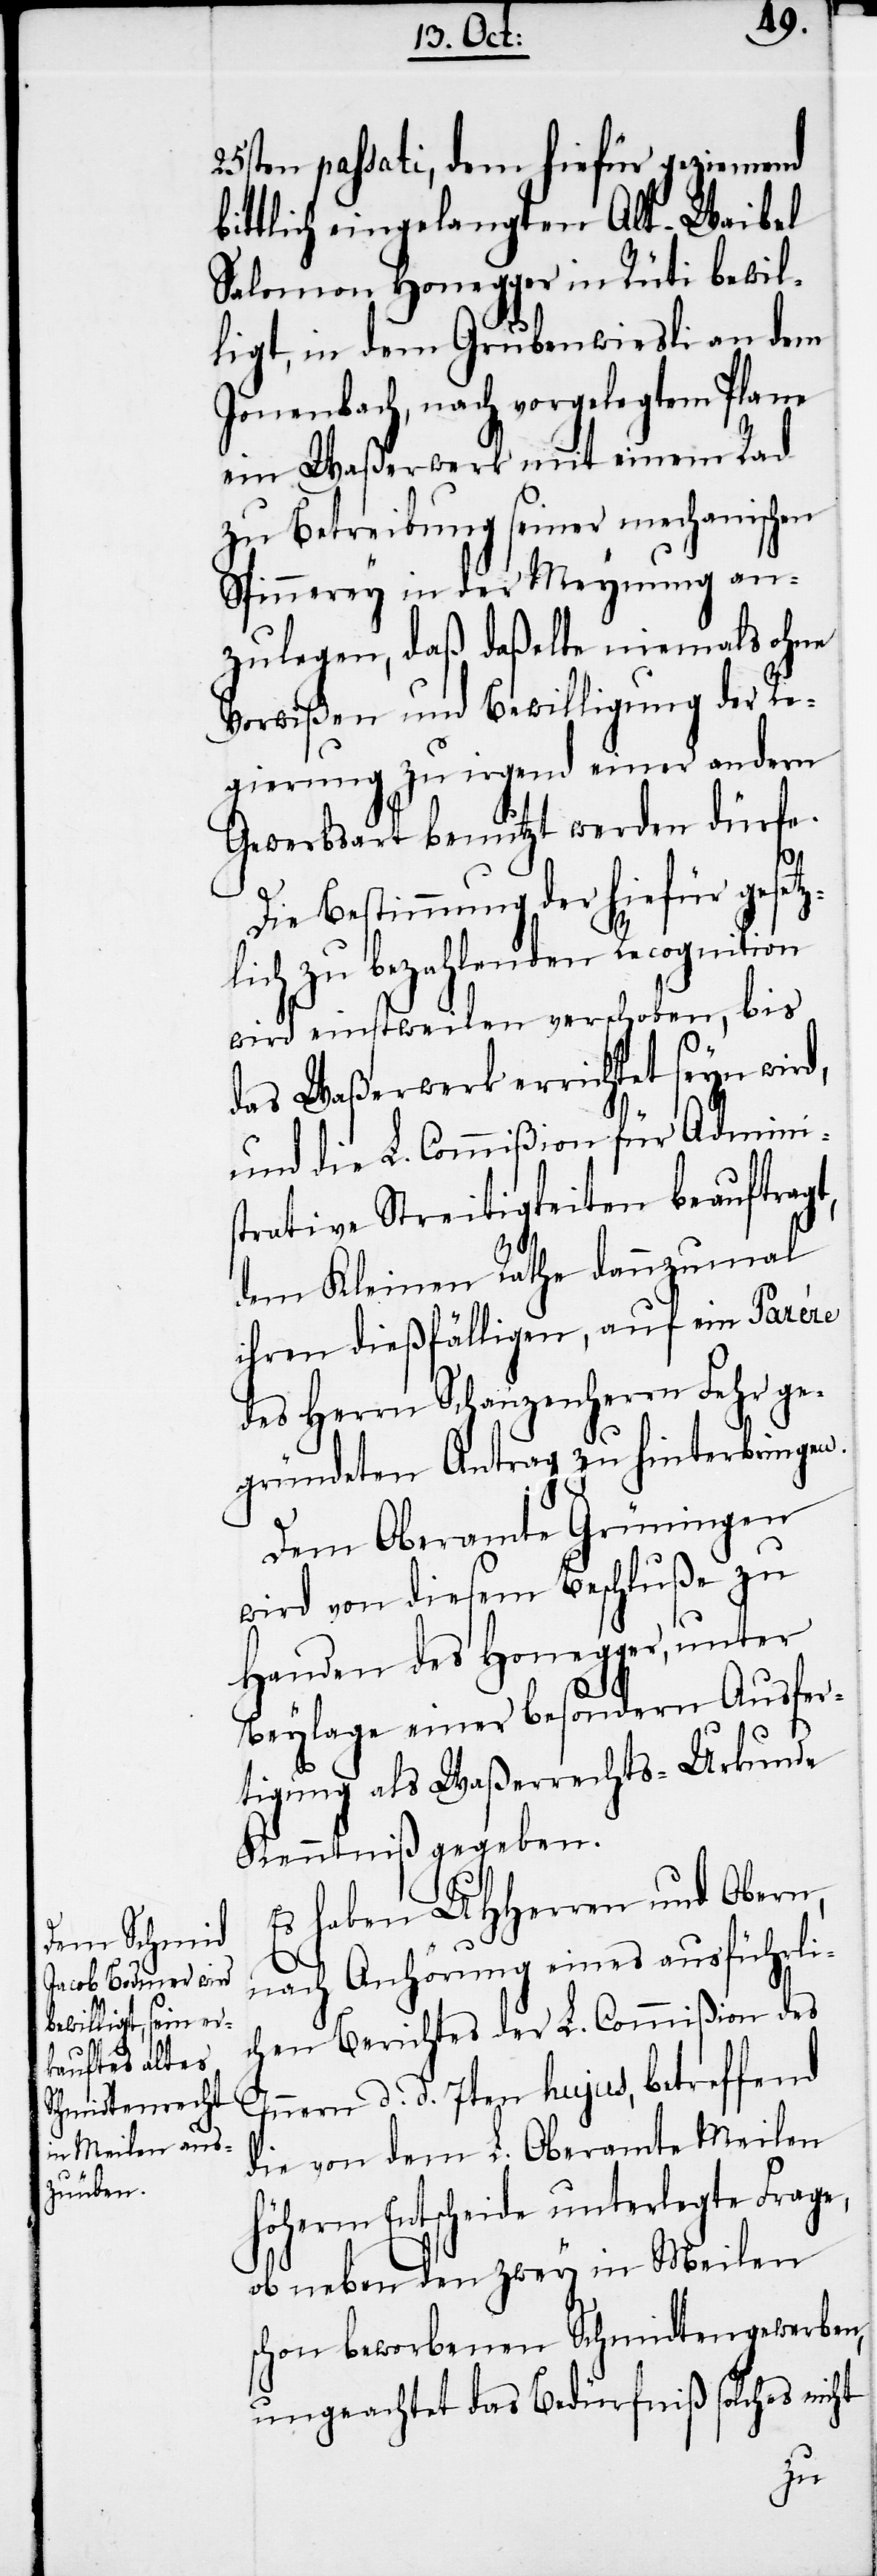
25sten passati, dem hiefür geziemend
ittlich eingelangten Alt-Waibel
Salomon Honegger in Rüti bewil¬
ligt, in dem Grubenwiesli an dem
Jonenbach, nach vorgelegtem Plane
ein Waßerwerk mit einem Rad
zu Betreibung seiner mechanischen
Spinnerey in der Meynung an¬
zulegen, daß daßelbe niemals ohne
Vorwißen und Bewilligung der Re¬
gierung zu irgend einer andern
Gewerbsart benutzt werden dürfe.
Die Bestimmung der hiefür gesetz¬
lich zu bezahlenden Recognition
wird einstweilen verschoben, bis
das Waßerwerk errichtet seyn wird,
und die L. Commißion für Adminis¬
trative Streitigkeiten beauftragt,
dem Kleinen Rathe dannzumal
ihren dießfälligen, auf ein Parere
des Herrn Schanzenherrn Fehr ge¬
gründeten Antrag zu hinterbringen.
Dem Oberamte Grüningen
wird von diesem Beschluße zu
Handen des Honegger, unter
Beylage einer besondern Ausfer¬
tigung als Waßerrechts-Urkunde
Kenntniß gegeben.
Es haben UHHerren und Obern,
nach Anhörung eines ausführli¬
chen Berichtes der L. Commißion des
Innern d. d. 7ten hujus, betreffend
die von dem L. Oberamte Meilen
höherm Entscheide unterlegte Frage,
ob neben den zwey in Meilen
schon beworbenen Schmidtengewerben,
ungeachtet das Bedürfniß solches nicht

b¬